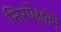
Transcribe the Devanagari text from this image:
निरपेक्षतेने